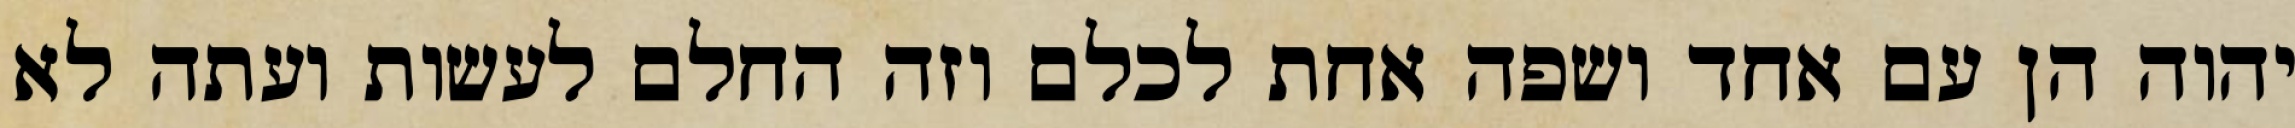
יהוה הן עם אחד ושפה אחת לכלם וזה החלם לעשות ועתה לא